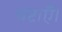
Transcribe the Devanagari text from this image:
चेष्टाएँ।